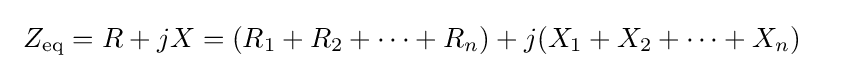
\ Z_{\text{eq}}=R+jX=(R_{1}+R_{2}+\cdots +R_{n})+j(X_{1}+X_{2}+\cdots +X_{n})\quad